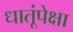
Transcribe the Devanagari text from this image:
धातूंपेक्षा